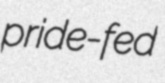
pride-fed